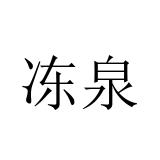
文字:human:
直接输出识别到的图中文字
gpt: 冻泉